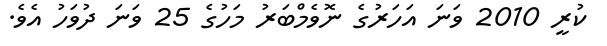
ކުރީ 2010 ވަނަ އަހަރުގެ ނޮވެމްބަރު މަހުގެ 25 ވަނަ ދުވަހު އެވެ.